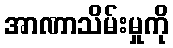
အာဏာသိမ်းမှုကို